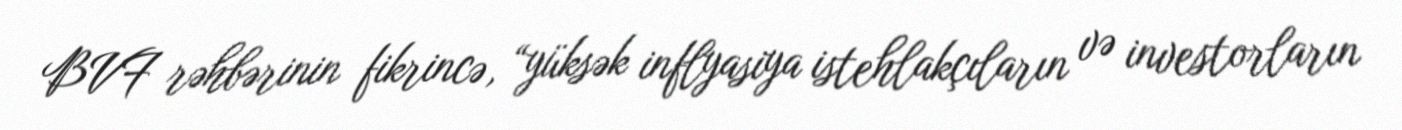
BVF rəhbərinin fikrincə, “yüksək inflyasiya istehlakçıların və investorların